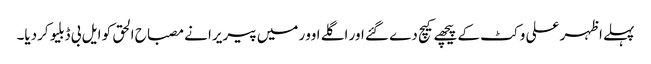
پہلے اظہر علی وکٹ کے پیچھے کیچ دے گئے اور اگلے اوور میں پیریرا نے مصباح الحق کو ایل بی ڈبلیو کردیا۔